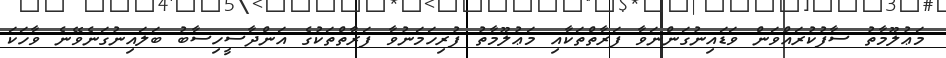
މަޢުލޫމާތު ސާފުކުރައްވަން ވަޑައިނުގަންނަވާ ފަރާތްތަކާއި މަޢުލޫމާތު ފުރިހަމަނުވާ ފަރާތްތަކުގެ އަންދާސީހިސާބު ބަލައިނުގަނެވޭނެ ވާހަކަ